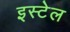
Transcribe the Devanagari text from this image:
इस्टेल